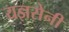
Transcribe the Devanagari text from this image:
यज्ञसेनी